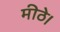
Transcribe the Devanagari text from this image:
मीठे।